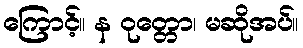
ကြောင့်။ န ဝုတ္တော၊ မဆိုအပ်။